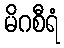
မိဂစီရံ